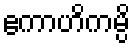
ဧကာဟိကမ္ပိ